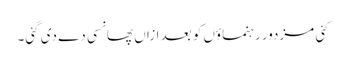
کئی مزدور رہنماؤں کو بعد ازاں پھانسی دے دی گئی۔